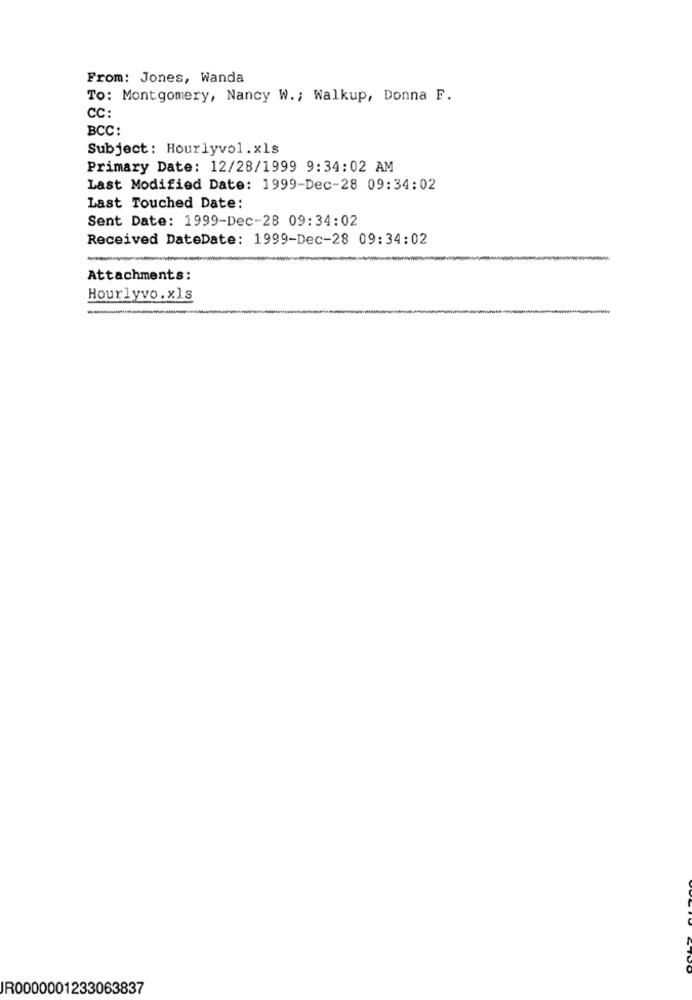
From: Jones, Wanda
To: Montgomery, Nancy W .; Walkup, Donna F.
CC:
BCC:
Subject: Hourlyvol.xls
Primary Date: 12/28/1999 9:34:02 AM
Last Modified Date: 1999-Dec-28 09:34:02
Last Touched Date:
Sent Date: 1999-Dec-28 09:34:02
Received DateDate: 1999-Dec-28 09:34:02
Attachments:
Hourlyvo. xls
---
JR0000001233063837